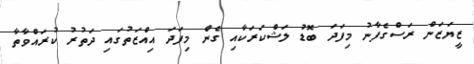
ޒީޔަޒަން ރަސްގެފާނު މިފަދަ ބޮޑު ލަޝްކަރަކާއި ގެން މިފަދަ އިއްޒަތުގައި ދަތުރު ކުރައްވާތާ